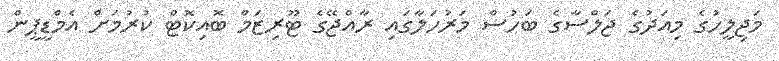
މަޖިލީހުގެ މިއަދުގެ ޖަލްސާގެ ބަހުސް މަރުހަލާގައި ރާއްޖޭގެ ޓޫރިޒަމް ބޮއިކޮޓް ކުރުމަށް އެމްޑީޕީން